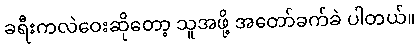
ခရီးကလဲဝေးဆိုတော့ သူအဖို့ အတော်ခက်ခဲ ပါတယ်။